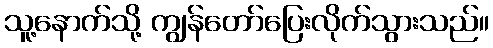
သူ့နောက်သို့ ကျွန်တော်ပြေးလိုက်သွားသည်။